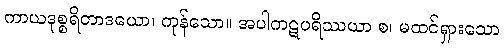
ကာယဒုစ္စရိတာဒယော၊ ကုန်သော။ အပါကဋပရိဿယာ စ၊ မထင်ရှားသော